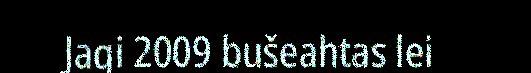
Jagi 2009 bušeahtas lei